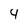
Character: 4